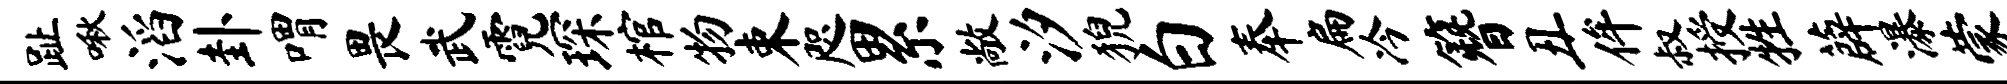
趾啾滔卦喟畏武霓琛棺物束咫累敞汐猊白奉扁冷簪丑侔叔授牲薜瀑蒙